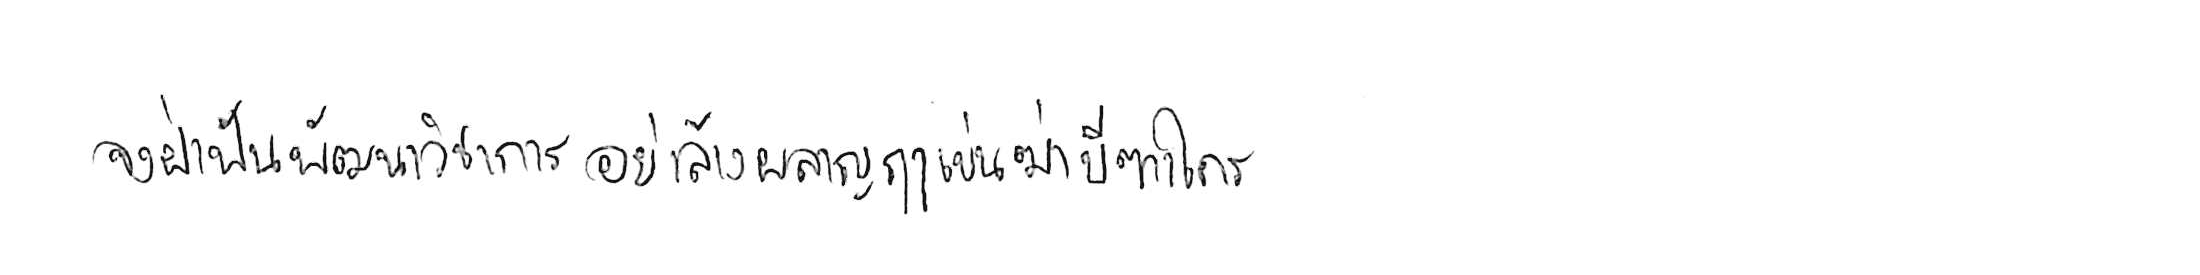
จงฝ่าฟันพัฒนาวิชาการ อย่าล้างผลาญฤๅเข่นฆ่าบีฑาใคร